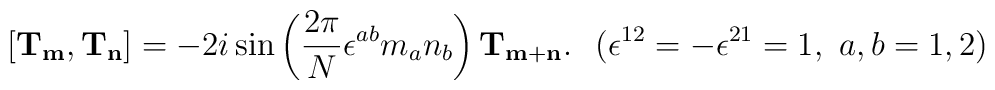
[ {\bf T}_{\bf m},{\bf T}_{\bf n} ]	=-2i\sin\left({\frac{2\pi}{N}}\epsilon^{ab}m_an_b\right)	{\bf T}_{\bf m+n}. \hspace{3mm}	(\epsilon^{12}=-\epsilon^{21}=1,~a,b=1,2)